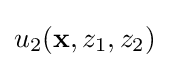
u_{2}(\mathbf {x} ,z_{1},z_{2})